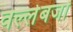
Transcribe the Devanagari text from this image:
वल्लेबजों